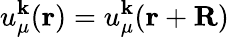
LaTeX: u_{\mu}^{\mathbf{k}}(\mathbf{r})=u_{\mu}^{\mathbf{k}}(\mathbf{r}+\mathbf{R})